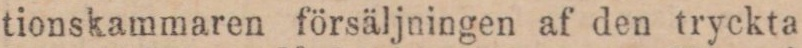
tionskammaren försäljningen af den tryckta